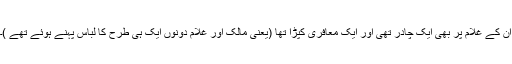
ان کے غلام پر بھی ایک چادر تھی اور ایک معافری کپڑا تھا (یعنی مالک اور غلام دونوں ایک ہی طرح کا لباس پہنے ہوئے تھے )۔